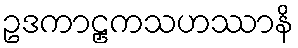
ဥဒကာဠှကသဟဿာနိ